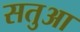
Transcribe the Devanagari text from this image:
सतुआ